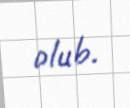
olub.